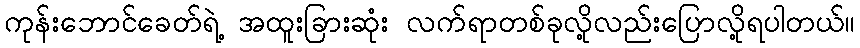
ကုန်းဘောင်ခေတ်ရဲ့ အထူးခြားဆုံး လက်ရာတစ်ခုလို့လည်းပြောလို့ရပါတယ်။